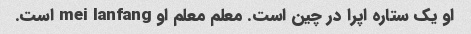
او یک ستاره اپرا در چین است. معلم معلم او mei lanfang است.